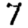
Digit: 7